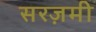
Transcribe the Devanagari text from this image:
सरज़मी